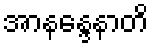
အာနန္ဒေနာတိ